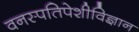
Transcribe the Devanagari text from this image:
वनस्पतिपेशीविज्ञान